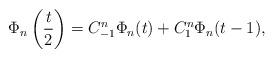
LaTeX: \begin{align*}\Phi_n\left(\frac{t}{2}\right)=C^n_{-1}\Phi_n(t)+C^n_1\Phi_n(t-1),\end{align*}